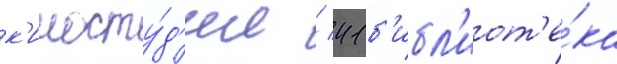
к'иносту́д'ии / 41 б'ибл'иот'е́ка